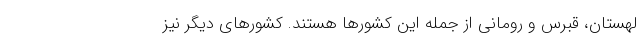
لهستان، قبرس و رومانی از جمله این کشورها هستند. کشورهای دیگر نیز